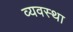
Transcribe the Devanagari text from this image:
व्‍यवस्था